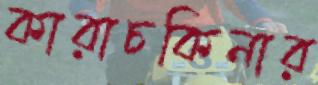
কারাচকিনার